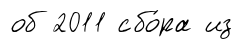
об 2011 сбо́ра из